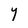
Character: Y